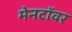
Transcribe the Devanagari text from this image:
मेनटॉवर